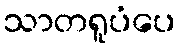
သာတရူပံပေ